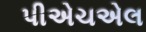
પીએચએલ